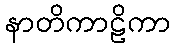
နာတိကာဠိကာ